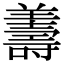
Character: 𦏟